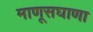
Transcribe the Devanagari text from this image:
माणूसघाणा